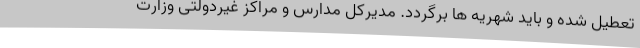
تعطیل شده و باید شهریه ها برگردد. مدیرکل مدارس و مراکز غیردولتی وزارت